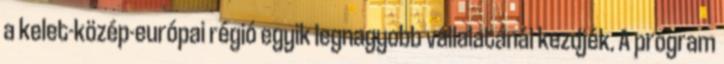
a kelet-közép-európai régió egyik legnagyobb vállalatánál kezdjék. A program